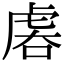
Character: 𧆱